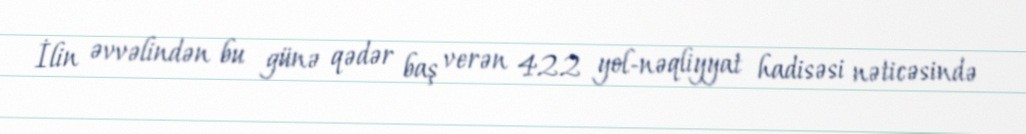
İlin əvvəlindən bu günə qədər baş verən 422 yol-nəqliyyat hadisəsi nəticəsində